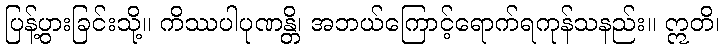
ပြန့်ပွားခြင်းသို့။ ကိဿပါပုဏန္တိ၊ အဘယ်ကြောင့်ရောက်ရကုန်သနည်း။ ဣတိ၊